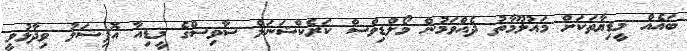
ބައެއް މީޑިޔާތަކަށް މައުލޫމާތު ދެއްވަމުން މޯލްޑިވްސް ކަރެކްޝަނަލް ސާވިސްގެ މީޑިއާ އޮފިޝަލު ވިދާޅުވީ